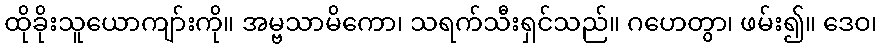
ထိုခိုးသူယောကျာ်းကို။ အမ္ဗသာမိကော၊ သရက်သီးရှင်သည်။ ဂဟေတွာ၊ ဖမ်း၍။ ဒေဝ၊